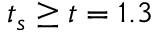
t _ { s } \geq t = 1 . 3